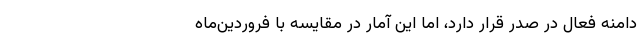
دامنه‌ فعال در صدر قرار دارد، اما این آمار در مقایسه با فروردین‌ماه